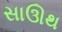
સાઊથ